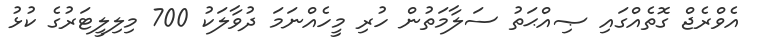
އެވްރެޖް ގޮތެއްގައި ޞިއްޙަތު ސަލާމަތުން ހުރި މީހެއްނަމަ ދުވާލަކު 700 މިލިލީޓަރުގެ ކުޅު